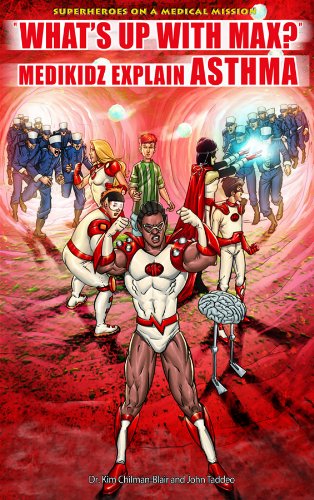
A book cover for What's Up With Max?: Medikidz Explain Asthma (Superheroes on a Medical Mission); Kim Chilman-blair; Health, Fitness & Dieting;